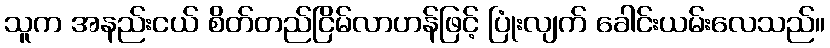
သူက အနည်းငယ် စိတ်တည်ငြိမ်လာဟန်ဖြင့် ပြုံးလျက် ခေါင်းယမ်းလေသည်။